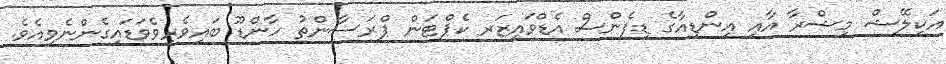
އަކިލޭޝް މިޝްރާ އާއި އިންޑިއާގެ ޑިފެންސް އެޑްވައިޒަރ ކެޕްޓަން ޕްރަސާންތު ހާންޑޫ ބައިވެރިވެވަޑައިގެންނެވިއެވެ.